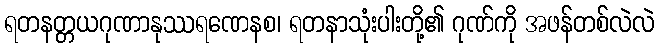
ရတနတ္တယဂုဏာနုဿရဏေနစ၊ ရတနာသုံးပါးတို့၏ ဂုဏ်ကို အဖန်တစ်လဲလဲ